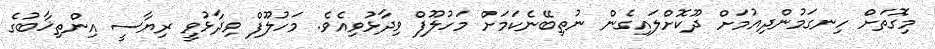
މިގޮތަށް ހިނގަމުންދިއުމަށް ދޫކޮށްލައިގެން ނުތިބޭނެކަމަށް މަހުލޫފް ވިދާޅުވިއެވެ. މަހުލޫފް ވިދާޅުވީ ރިޔާސީ އިންތިޚާބުގެ